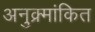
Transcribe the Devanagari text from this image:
अनुक्र्मांकित